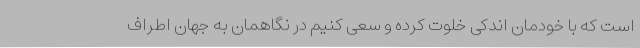
است که با خودمان اندکی خلوت کرده و سعی کنیم در نگاهمان به جهان اطراف